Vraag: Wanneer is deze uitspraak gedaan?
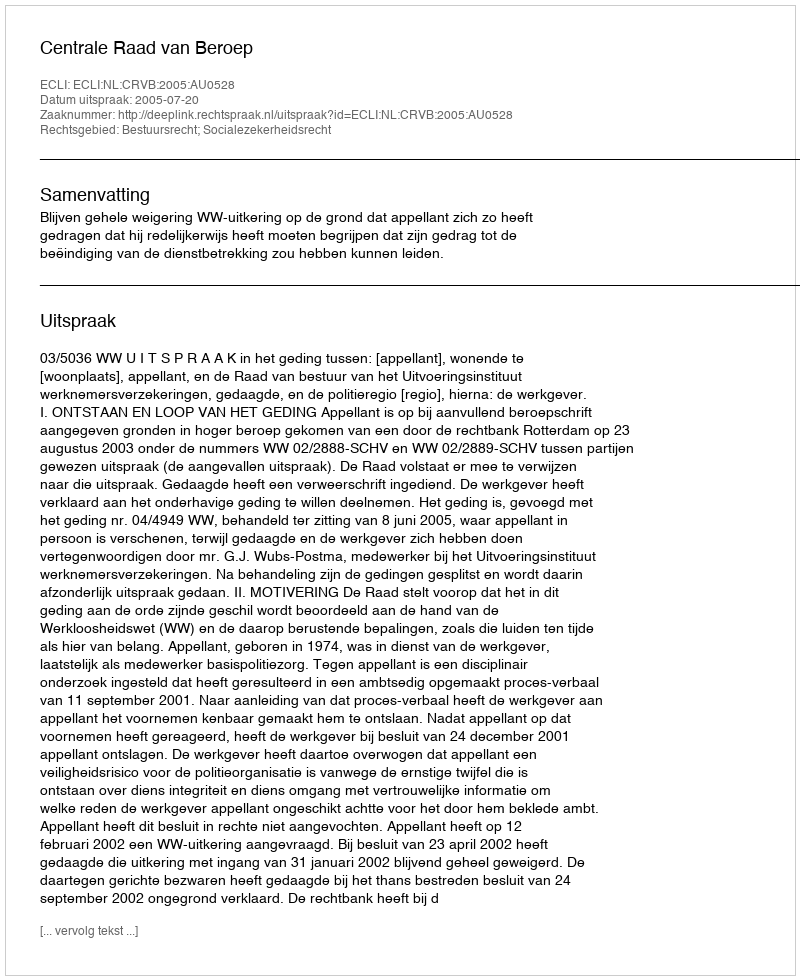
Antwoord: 2005-07-20